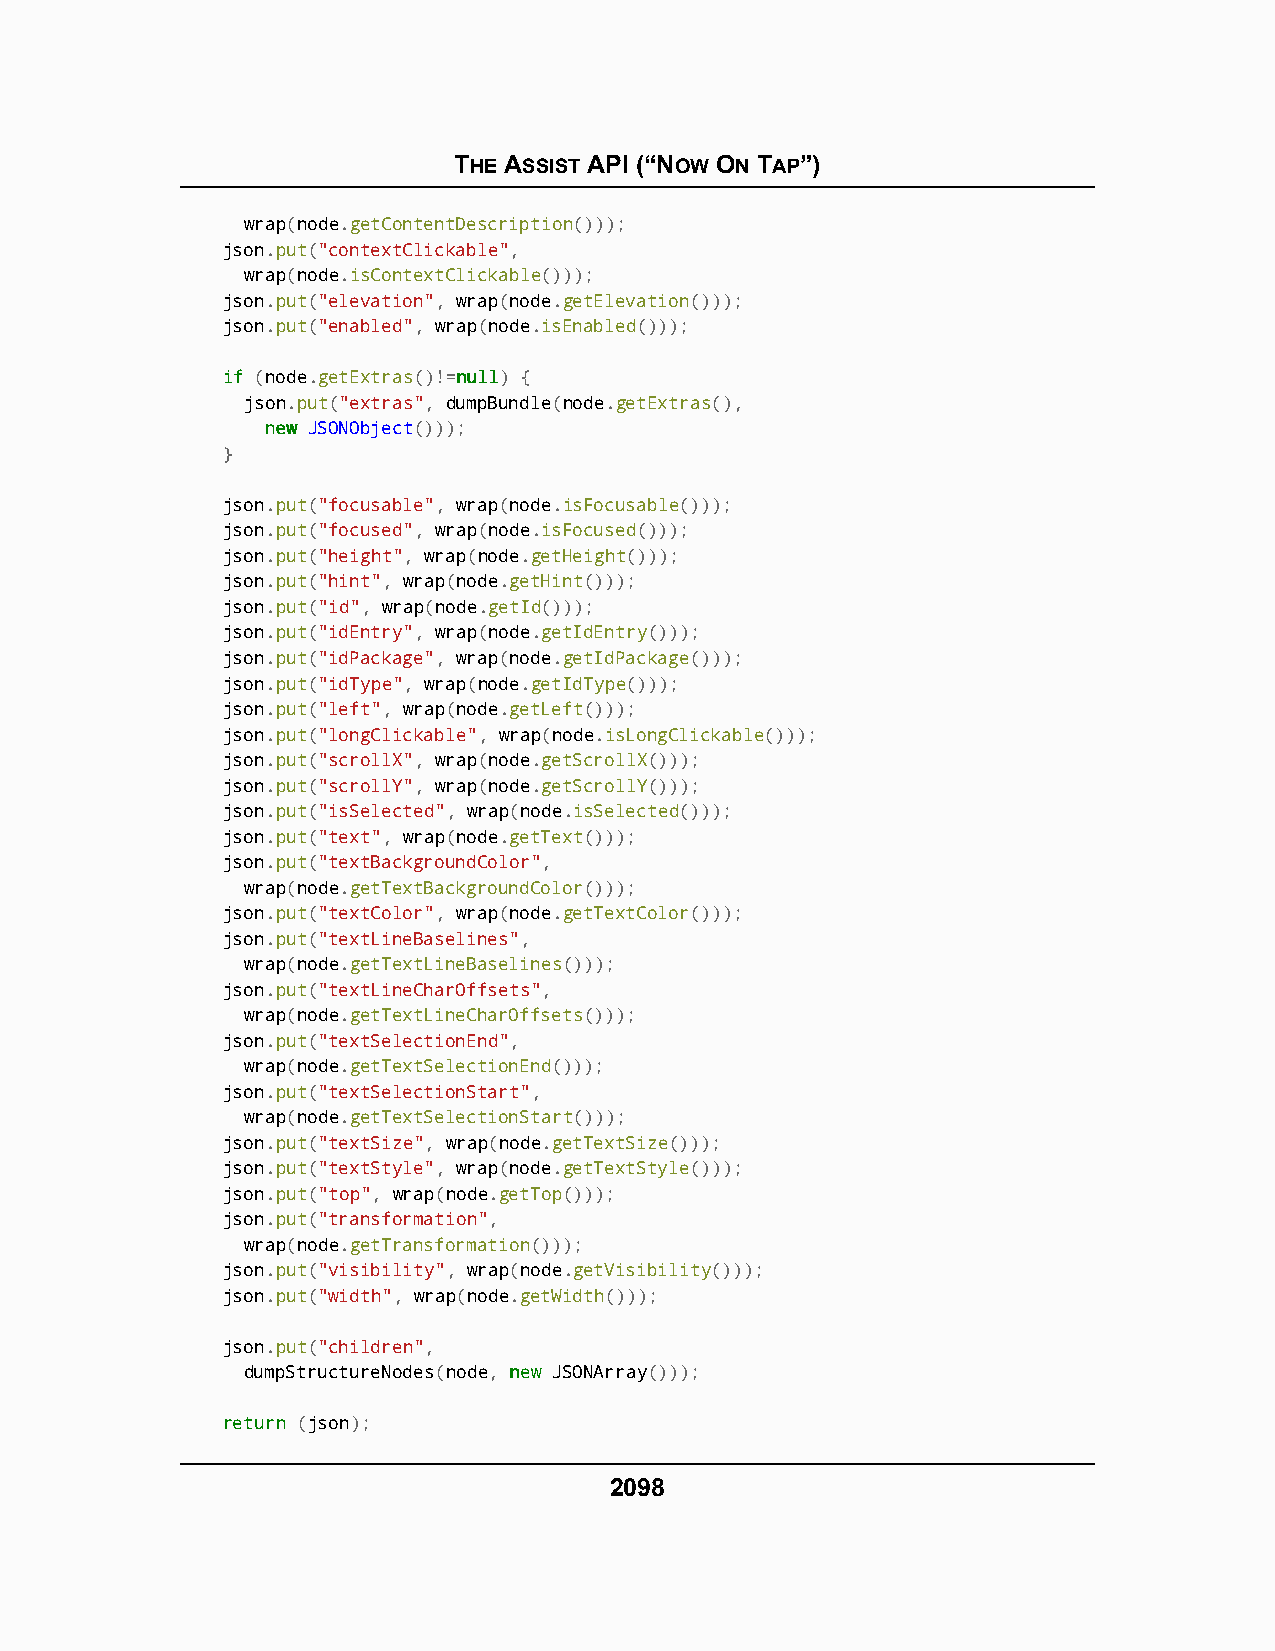
THE ASSIST API (“NOW ON TAP”)
 wrap(node.getContentDescription()));
 json.put("contextClickable",
 wrap(node.isContextClickable()));
 json.put("elevation", wrap(node.getElevation()));
 json.put("enabled", wrap(node.isEnabled()));
 iiff (node.getExtras()!=nnuullll) {
 json.put("extras", dumpBundle(node.getExtras(),
 nneeww JSONObject()));
 }
 json.put("focusable", wrap(node.isFocusable()));
 json.put("focused", wrap(node.isFocused()));
 json.put("height", wrap(node.getHeight()));
 json.put("hint", wrap(node.getHint()));
 json.put("id", wrap(node.getId()));
 json.put("idEntry", wrap(node.getIdEntry()));
 json.put("idPackage", wrap(node.getIdPackage()));
 json.put("idType", wrap(node.getIdType()));
 json.put("left", wrap(node.getLeft()));
 json.put("longClickable", wrap(node.isLongClickable()));
 json.put("scrollX", wrap(node.getScrollX()));
 json.put("scrollY", wrap(node.getScrollY()));
 json.put("isSelected", wrap(node.isSelected()));
 json.put("text", wrap(node.getText()));
 json.put("textBackgroundColor",
 wrap(node.getTextBackgroundColor()));
 json.put("textColor", wrap(node.getTextColor()));
 json.put("textLineBaselines",
 wrap(node.getTextLineBaselines()));
 json.put("textLineCharOffsets",
 wrap(node.getTextLineCharOffsets()));
 json.put("textSelectionEnd",
 wrap(node.getTextSelectionEnd()));
 json.put("textSelectionStart",
 wrap(node.getTextSelectionStart()));
 json.put("textSize", wrap(node.getTextSize()));
 json.put("textStyle", wrap(node.getTextStyle()));
 json.put("top", wrap(node.getTop()));
 json.put("transformation",
 wrap(node.getTransformation()));
 json.put("visibility", wrap(node.getVisibility()));
 json.put("width", wrap(node.getWidth()));
 json.put("children",
 dumpStructureNodes(node, nneeww JSONArray()));
 rreettuurrnn (json);
 2098